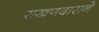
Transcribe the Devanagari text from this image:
राखणदाराने